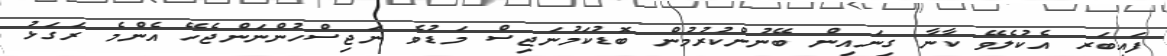
ފައިބަރ އެކުލެވޭ ކާނާ ގިނައިން ބޭނުންކުރުމުން ބޮޑުކަމުނަޖިސް މަޑުވެ ނަޖިސްހުންނަންޖެހޭ އެންމެ ރަގަޅު